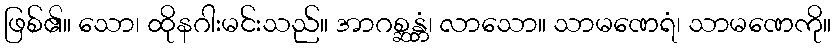
ဖြစ်၏။ သော၊ ထိုနဂါးမင်းသည်။ အာဂစ္ဆန္တံ၊ လာသော။ သာမဏေရံ၊ သာမဏေကို။